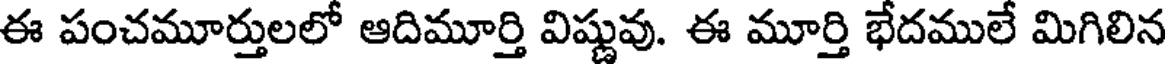
ఈ పంచమూర్తులలో ఆదిమూర్తి విష్ణువు. ఈ మూర్తి భేదములే మిగిలిన